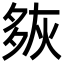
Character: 㷇